Vabadussoja_Ajaloo_Komitee, lk 40
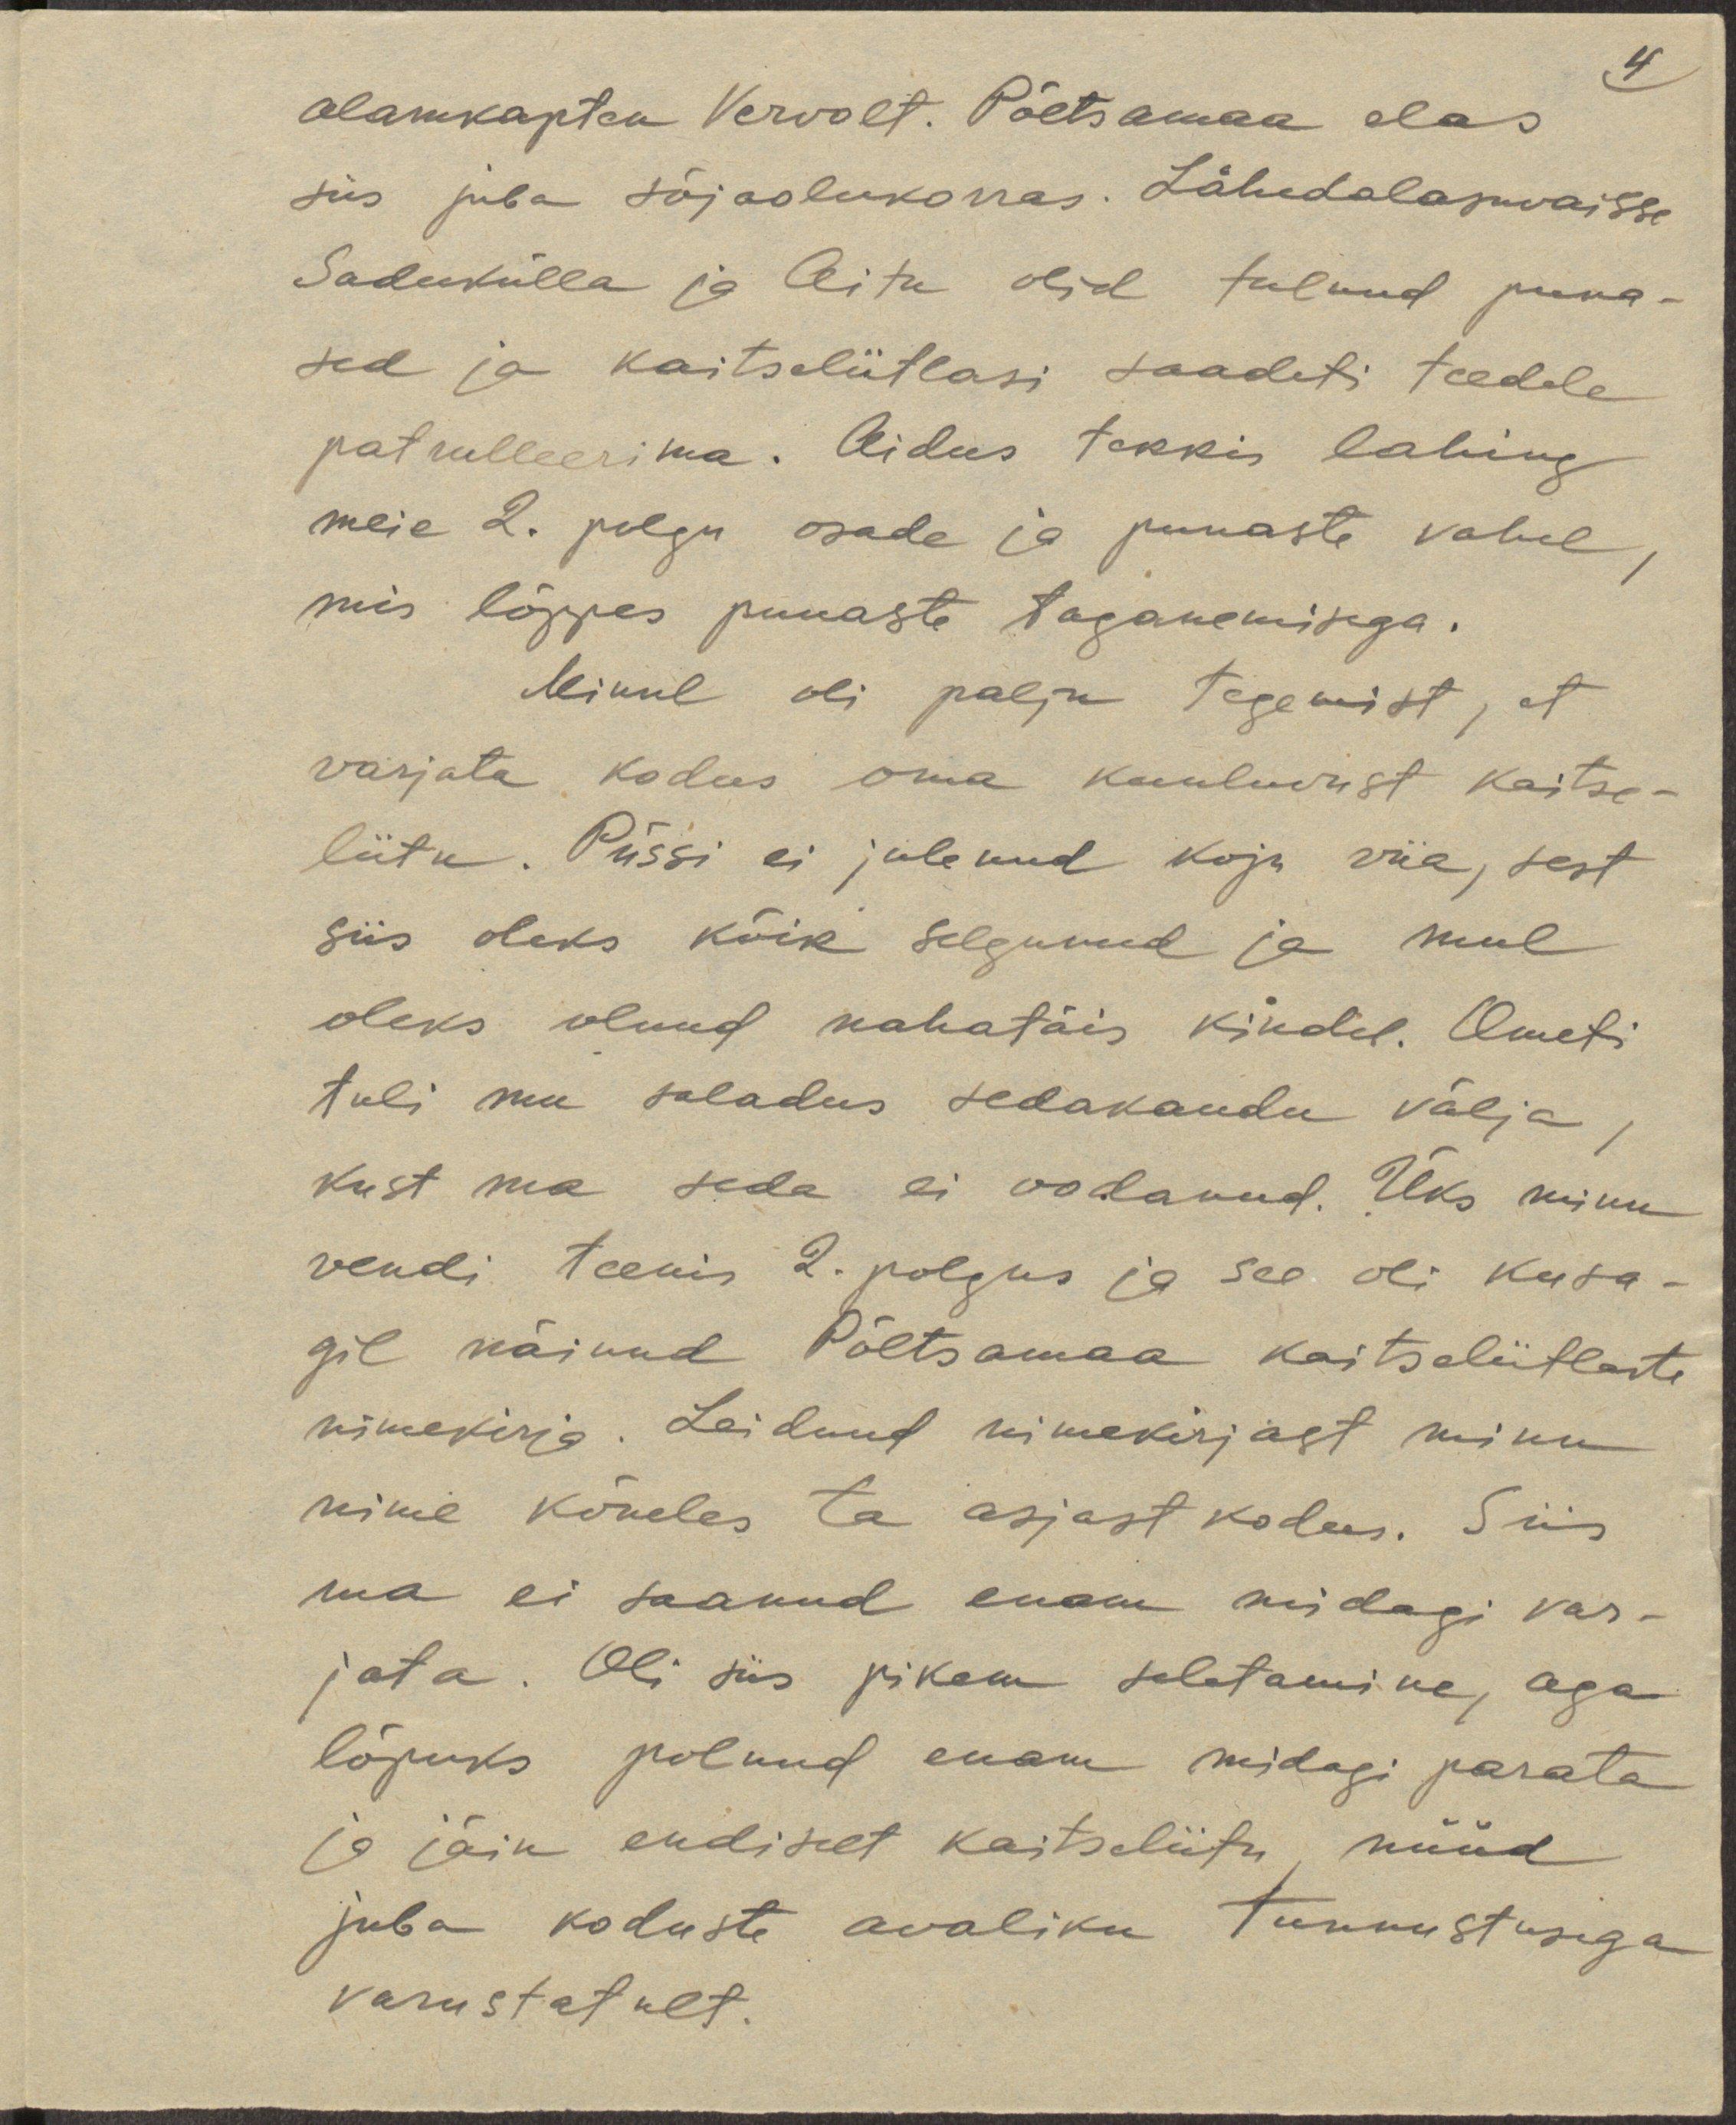
4
alamkapten Vervolt. Põltsamaa elas
siis juba sõjaolukorras. Lähedalasuvaisse
Sadukülla ja Aitu olid tulnud puna-
sed ja kaitseliitlasi saadeti teedele
patrulleerima. Aidus tekkis lahing
meie 2. polgu osade ja punaste vahel,
mis lõppes punaste taganemisega.
Minul oli palju tegemist, et
varjata kodus oma kuulumist kaitse-
liitu. Püssi ei julenud koju viia, sest
siis oleks kõik selgunud ja mul
oleks olnud nahatäis kindel. Ometi
tuli mu saladus sedakaudu välja,
kust ma seda ei oodanud. Üks minu
vendi teenis 2. polgus ja see oli kusa-
gil näinud Põltsamaa kaitseliitlaste
nimekirja. Leidnud nimekirjast minu
nime kõneles ta asjast kodus. Siis
ma ei saanud enam midagi var-
jata. Oli siis pikem seletamine, aga
lõpuks polnud enam midagi parata
ja jäin endiset kaitseliitu nüüd
juba kodust avaliku tunnustusega
varustatult.